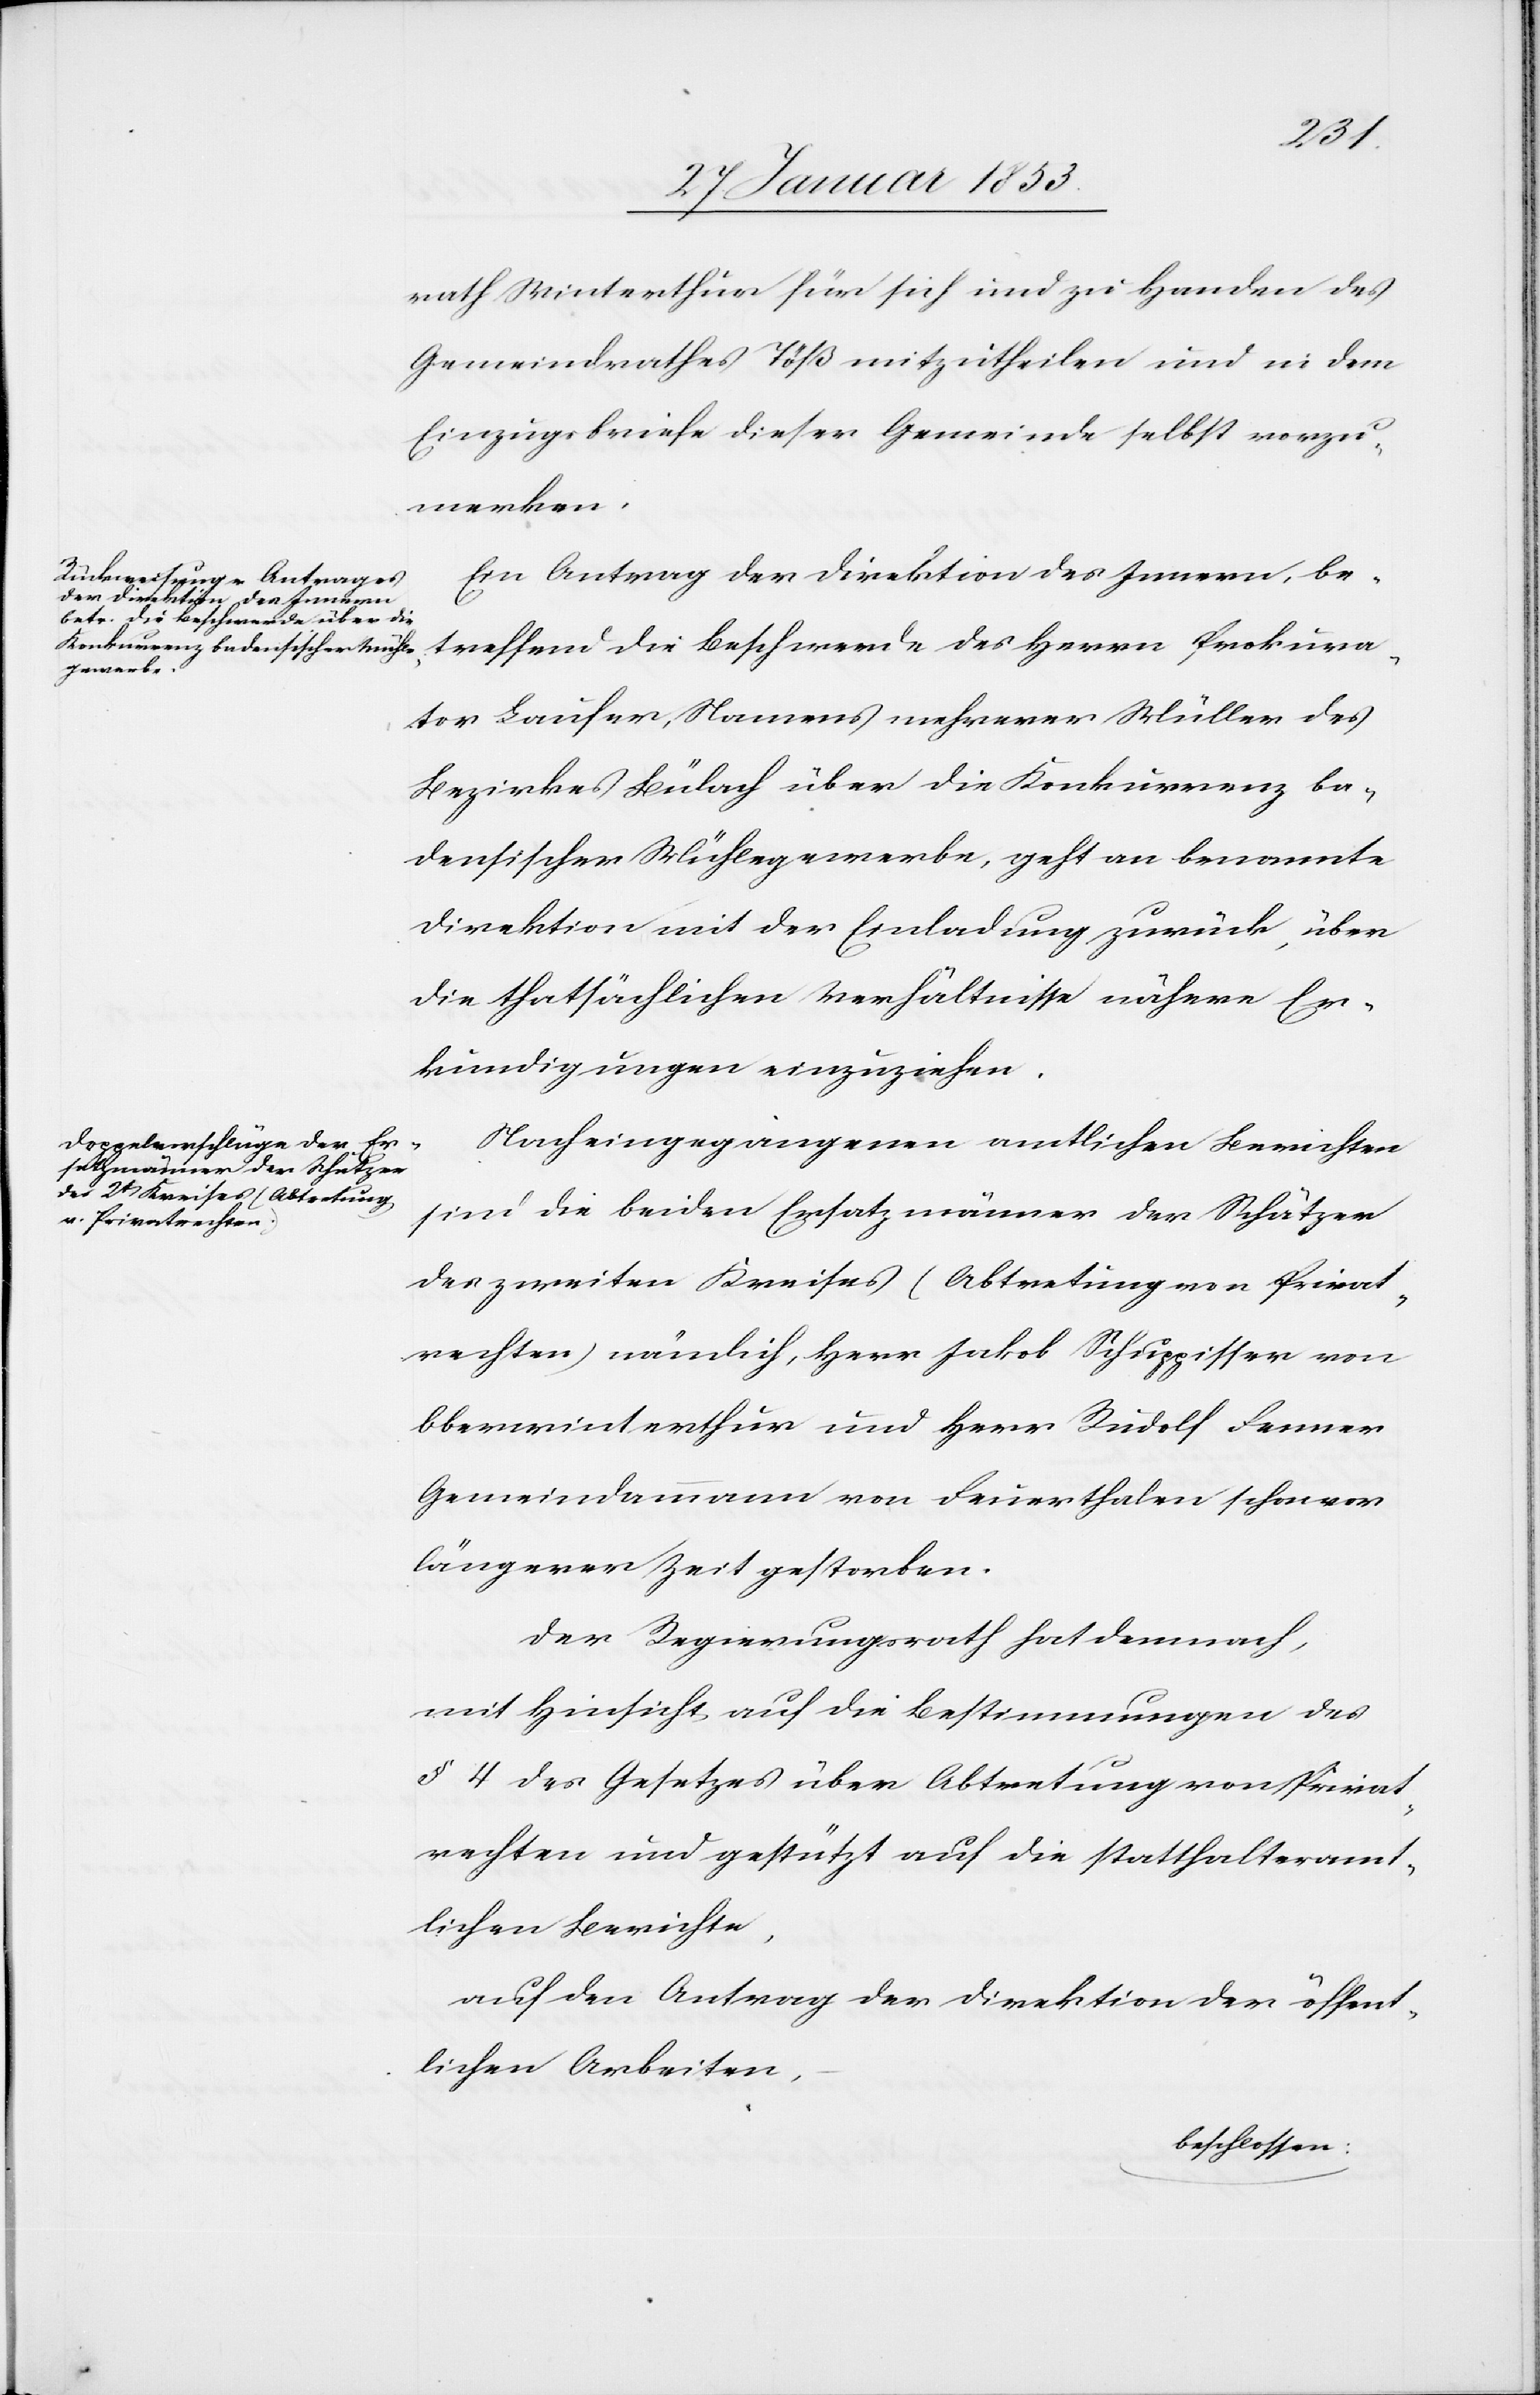
rath Winterthur für sich und zu Handen des
Gemeindrathes Töß mitzutheilen und in dem
Einzugsbriefe dieser Gemeinde selbst vorzu¬
merken.
Ein Antrag der Direktion des Innern, be¬
treffend die Beschwerde des Herrn Prokura¬
tor Laufer, Namens mehrerer Müller des
Bezirkes Bülach über die Konkurrenz ba¬
densischer Mühlegewerbe, geht an benannte
Direktion mit der Einladung zurück, über
die thatsächlichen Verhältnisse nähere Er¬
kundigungen einzuziehen.
Nach eingegangenen amtlichen Berichten
sind die beiden Ersatzmänner der Schätzer
des zweiten Kreises (Abtretung von Privat¬
rechten) nämlich, Herr Jakob Schuppisser von
Oberwinterthur und Herr Rudolf Fenner
Gemeindammann von Feuerthalen schon von
längerer Zeit gestorben.
Der Regierungsrath hat demnach,
mit Hinsicht auf die Bestimmungen des
§ 4 des Gesetzes über Abtretung von Privat¬
rechten und gestützt auf die statthalteramt¬
lichen Berichte,
auf den Antrag der Direktion der öffent¬
lichen Arbeiten,